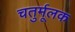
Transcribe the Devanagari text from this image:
चतुर्मूलक